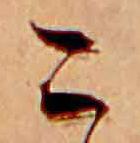
こ